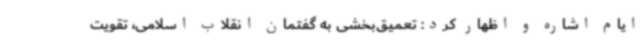
ایام اشاره و اظهار کرد: تعمیق‌بخشی به گفتمان انقلاب اسلامی، تقویت